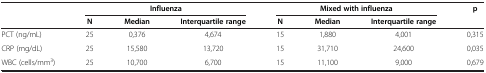
|  | <COLSPAN=3> Influenza | <COLSPAN=3> Mixed with influenza | p |
 |  | N | Median | Interquartile range | N | Median | Interquartile range |  |
 | --- | --- | --- | --- | --- | --- | --- | --- |
 | PCT (ng/mL) | 25 | 0,376 | 4,674 | 15 | 1,880 | 4,001 | 0,315 |
 | CRP (mg/dL) | 25 | 15,580 | 13,720 | 15 | 31,710 | 24,600 | 0,035 |
 | WBC (cells/mm3) | 25 | 10,700 | 6,700 | 15 | 11,100 | 9,000 | 0,679 |